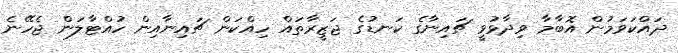
ދައްކަވަމުން އޮބާމާ ވިދާޅުވީ ޗައިނާގެ ކަނޑުގެ ޖަޒީރާތައް ހިއްކަން ޗައިނާއިން ހުއްޓާލަން ޖެހޭނެ